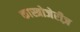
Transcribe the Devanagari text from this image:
कास्त्रोजेरीज़